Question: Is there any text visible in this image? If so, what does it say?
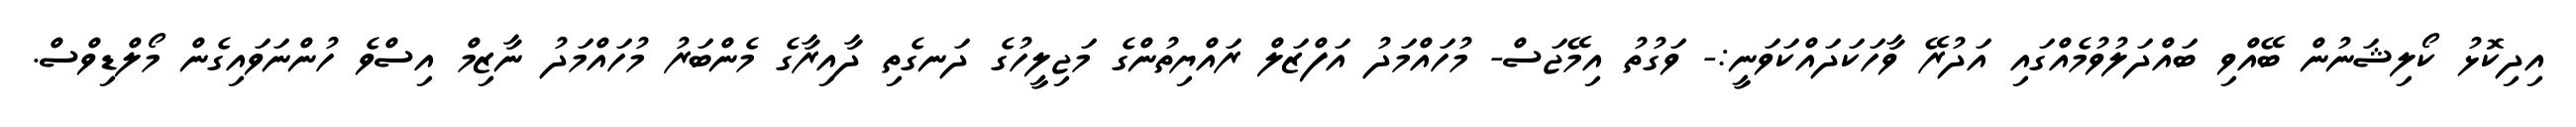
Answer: އިދިކޮޅު ކޯލިޝަނުން ބޭއްވި ބައްދަލުވުމެއްގައި އަދުރޭ ވާހަކަދައްކަވަނީ:- ވަގުތު އިމޭޖަސް- މުހައްމަދު އަފްޒަލް ރައްޔިތުންގެ މަޖިލީހުގެ ދަނގެތި ދާއިރާގެ މެންބަރު މުހައްމަދު ނާޒިމް އިސްވެ ހުންނަވައިގެން މޯލްޑިވްސް.